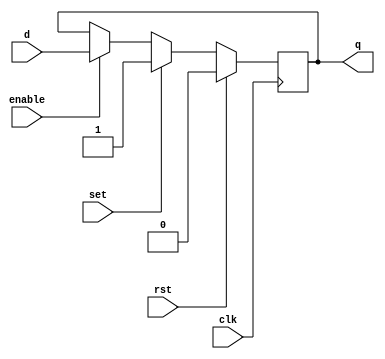
module flop #(
  parameter width=1
  )(
  input clk,
  input rst,
  input set,
  input enable, 
  input [width-1:0] d,
  output reg [width-1:0] q);

  always @(posedge clk) begin
    if (enable)
      q <= d;
    if (set)
      q <= {width{1'b1}};
    if (rst)
      q <= 0;
  end

endmodule